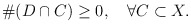
\begin{align*}\#(D\cap C)\geq0, \quad\forall C\subset X. \end{align*}